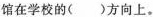
馆在学校的()方向上。